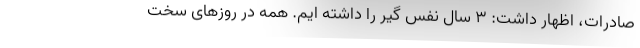
صادرات، اظهار داشت: ۳ سال نفس گیر را داشته ایم. همه در روزهای سخت